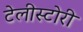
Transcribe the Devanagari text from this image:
टेलीस्टोरी